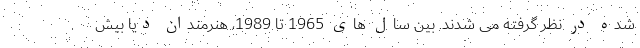
شده در نظر گرفته می شدند. بین سال های 1965 تا 1989، هنرمندان دیا بیش